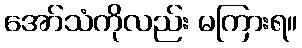
အော်သံကိုလည်း မကြားရ။